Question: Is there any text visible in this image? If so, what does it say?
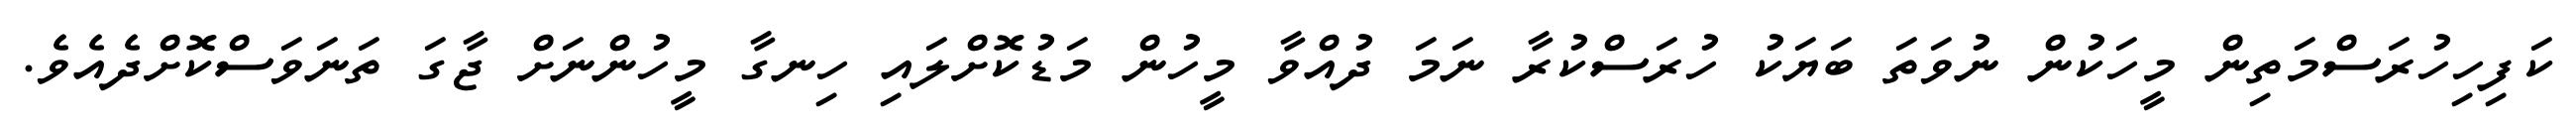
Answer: ކަފިހިހުރަސްމަތިން މީހަކުން ނުވަތަ ބަޔަކު ހުރަސްކުރާ ނަމަ ދުއްވާ މީހުން މަޑުކޮށްލައި ހިނގާ މީހުންނަށް ޖާގަ ތަނަވަސްކޮށްދެއެވެ.